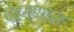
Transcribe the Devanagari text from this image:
देवगणास